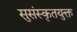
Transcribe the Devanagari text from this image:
सुसंस्कृतयुक्त